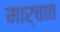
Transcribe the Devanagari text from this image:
मार्चात